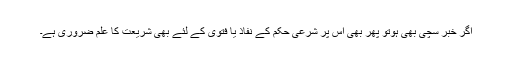
اگر خبر سچی بھی ہوتو پھر بھی اس پر شرعی حکم کے نفاذ یا فتویٰ کے لئے بھی شریعت کا علم ضروری ہے۔